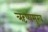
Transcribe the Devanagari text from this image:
ऋष्यमुख